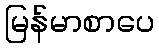
မြန်မာစာပေ